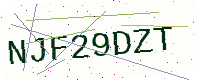
Text: NJF29DZT